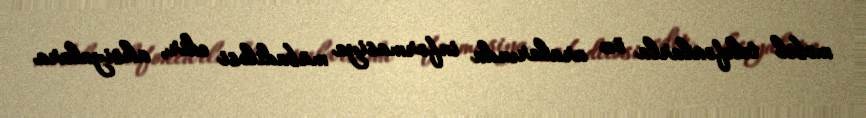
mobil telefonlarla öz aralarında informasiya mübadiləsi edir, aksiyalara